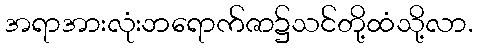
အရာအားလုံးဘရောက်ဇာ၌သင်တို့ထံသို့လာ.